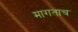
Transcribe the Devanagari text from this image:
मागताच